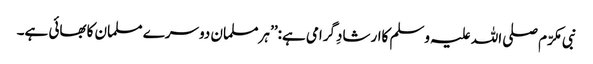
نبی مکرّم صلی اللہ علیہ وسلم کاارشادِگرامی ہے:’’ ہرمسلمان دوسرے مسلمان کابھائی ہے۔